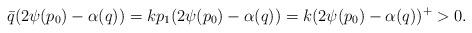
LaTeX: \begin{align*} \bar{q}(2\psi(p_0)-\alpha(q))=kp_1(2\psi(p_0)-\alpha(q))=k(2\psi(p_0)-\alpha(q))^+> 0.\end{align*}